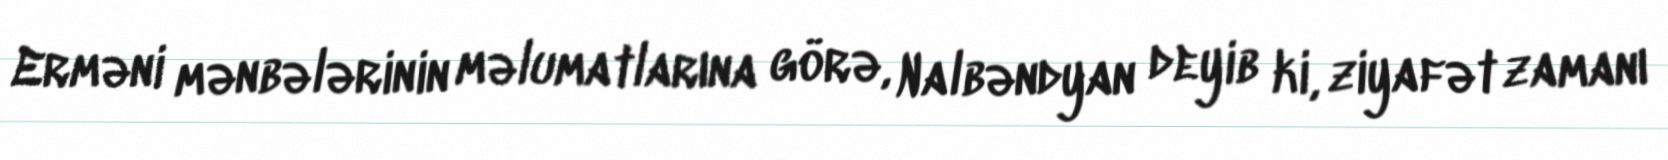
Erməni mənbələrinin məlumatlarına görə, Nalbəndyan deyib ki, ziyafət zamanı